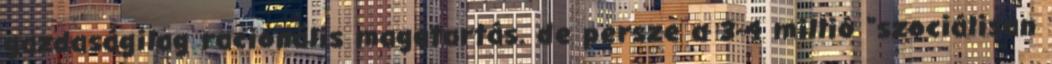
gazdaságilag racionális magatartás. de persze a 3-4 millió "szociálisan